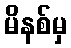
မိနစ်မှ